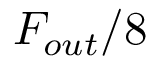
F _ { o u t } / 8